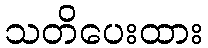
သတိပေးထား